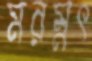
মরম্নৎ